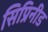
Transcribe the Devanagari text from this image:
सिप्रिनीड